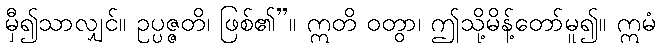
မှီ၍သာလျှင်။ ဥပ္ပဇ္ဇတိ၊ ဖြစ်၏”။ ဣတိ ဝတွာ၊ ဤသို့မိန့်တော်မူ၍။ ဣမံ